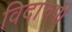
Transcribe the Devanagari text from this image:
विदारुपी